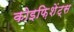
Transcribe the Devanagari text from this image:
कोइफ़िशेंट्स